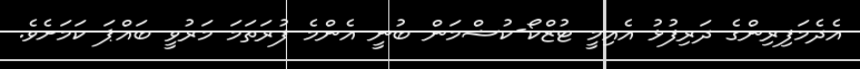
އެދެމަފިރިންގެ ދަރިފުޅު އެއިމީ ޓުޒްކޯ-ކުޝްމަން ބުނީ އެންމެ ފުރަތަމަ މަރުވީ ބައްޕަ ކަމަށެވެ.